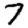
Digit: 7